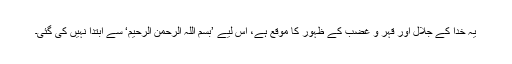
یہ خدا کے جلال اور قہر و غضب کے ظہور کا موقع ہے، اِس لیے ’بسم اللہ الرحمن الرحیم‘ سے ابتدا نہیں کی گئی۔